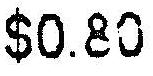
$0.80